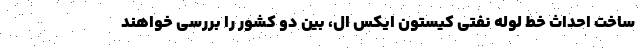
ساخت احداث خط لوله نفتی ‌کیستون ایکس ال‌، بین دو کشور را بررسی خواهند